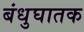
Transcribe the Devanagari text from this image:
बंधुघातक